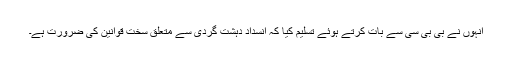
انہوں نے بی بی سی سے بات کرتے ہوئے تسلیم کیا کہ انسداد دہشت گردی سے متعلق سخت قوانین کی ضرورت ہے۔